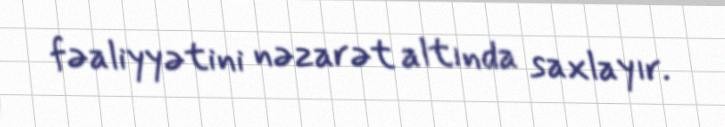
fəaliyyətini nəzarət altında saxlayır.